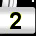
Digit: 2